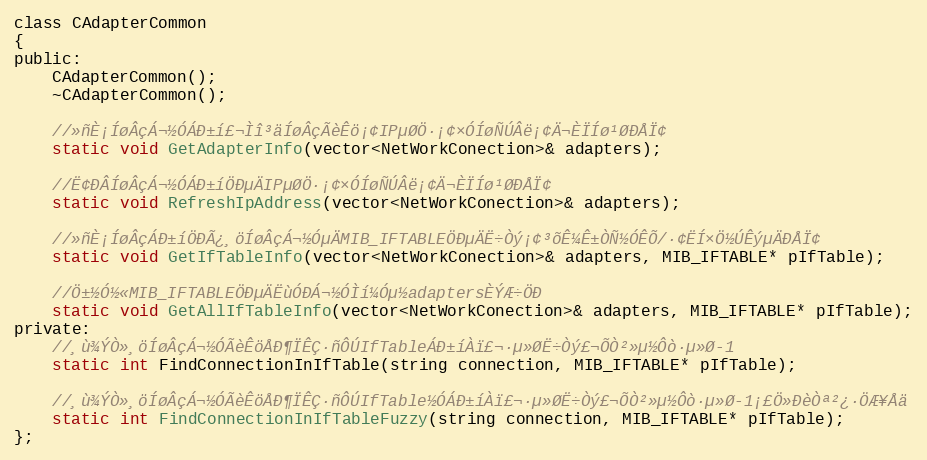
Language: C
class CAdapterCommon
{
public:
	CAdapterCommon();
	~CAdapterCommon();

	//»ñÈ¡ÍøÂçÁ¬½ÓÁÐ±í£¬Ìî³äÍøÂçÃèÊö¡¢IPµØÖ·¡¢×ÓÍøÑÚÂë¡¢Ä¬ÈÏÍø¹ØÐÅÏ¢
	static void GetAdapterInfo(vector<NetWorkConection>& adapters);

	//Ë¢ÐÂÍøÂçÁ¬½ÓÁÐ±íÖÐµÄIPµØÖ·¡¢×ÓÍøÑÚÂë¡¢Ä¬ÈÏÍø¹ØÐÅÏ¢
	static void RefreshIpAddress(vector<NetWorkConection>& adapters);

	//»ñÈ¡ÍøÂçÁÐ±íÖÐÃ¿¸öÍøÂçÁ¬½ÓµÄMIB_IFTABLEÖÐµÄË÷Òý¡¢³õÊ¼Ê±ÒÑ½ÓÊÕ/·¢ËÍ×Ö½ÚÊýµÄÐÅÏ¢
	static void GetIfTableInfo(vector<NetWorkConection>& adapters, MIB_IFTABLE* pIfTable);

	//Ö±½Ó½«MIB_IFTABLEÖÐµÄËùÓÐÁ¬½ÓÌí¼Óµ½adaptersÈÝÆ÷ÖÐ
	static void GetAllIfTableInfo(vector<NetWorkConection>& adapters, MIB_IFTABLE* pIfTable);
private:
	//¸ù¾ÝÒ»¸öÍøÂçÁ¬½ÓÃèÊöÅÐ¶ÏÊÇ·ñÔÚIfTableÁÐ±íÀï£¬·µ»ØË÷Òý£¬ÕÒ²»µ½Ôò·µ»Ø-1
	static int FindConnectionInIfTable(string connection, MIB_IFTABLE* pIfTable);

	//¸ù¾ÝÒ»¸öÍøÂçÁ¬½ÓÃèÊöÅÐ¶ÏÊÇ·ñÔÚIfTable½ÓÁÐ±íÀï£¬·µ»ØË÷Òý£¬ÕÒ²»µ½Ôò·µ»Ø-1¡£Ö»ÐèÒª²¿·ÖÆ¥Åä
	static int FindConnectionInIfTableFuzzy(string connection, MIB_IFTABLE* pIfTable);
};